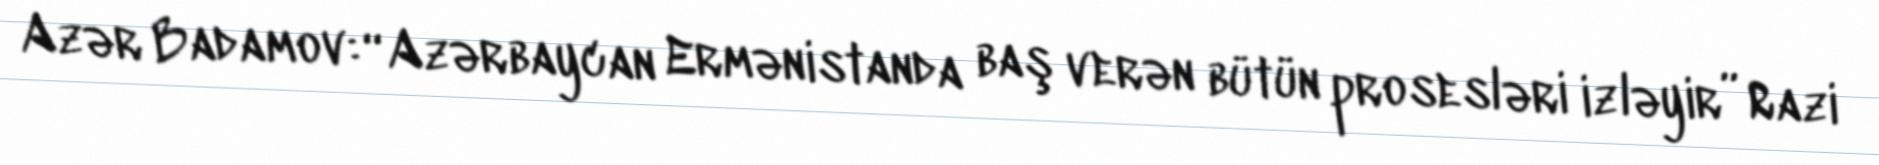
Azər Badamov: “Azərbaycan Ermənistanda baş verən bütün prosesləri izləyir” Razi